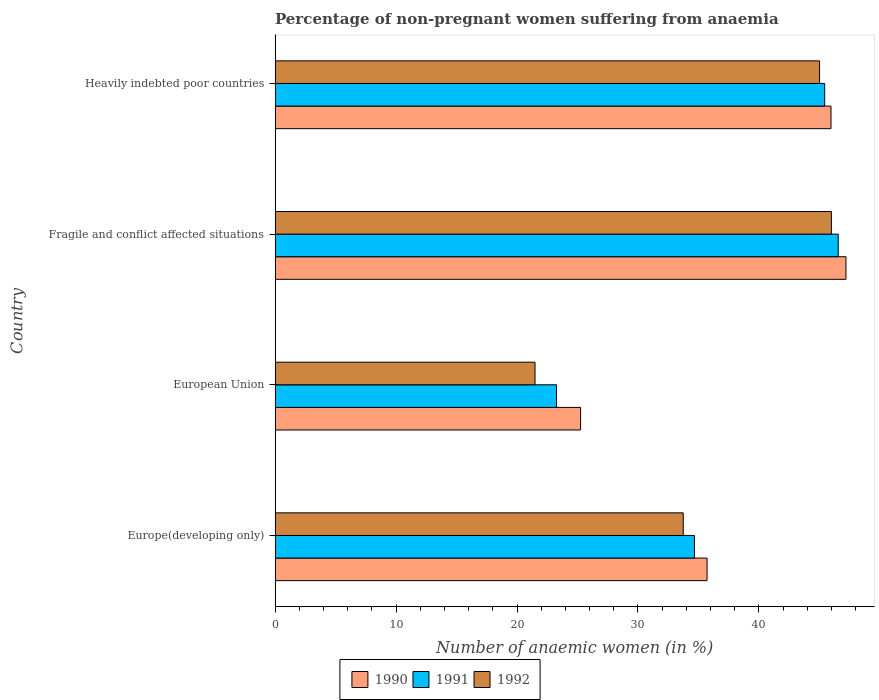
| Country | 1990 | 1991 | 1992 |
 | --- | --- | --- | --- |
 | Europe(developing only) | 35.7 | 34.7 | 33.7 |
 | European Union | 25.3 | 23.3 | 21.5 |
 | Fragile and conflict affected situations | 47.2 | 46.6 | 46 |
 | Heavily indebted poor countries | 46 | 45.4 | 45 |